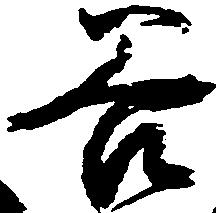
谷